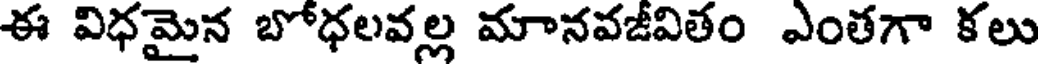
ఈ విధమైన బోధలవల్ల మానవజీవితం ఎంతగా కలు